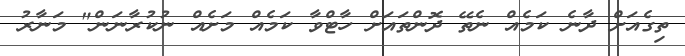
ތިގެއަށް ދާނެ ކަމެއް ނެތޭ ދޮންތައަށް ހާޓްވާ ކަމެއް މަށެއް ނުކުރާނަން" މަނާރު